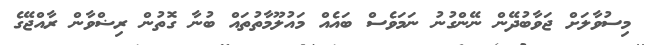
މިސުވާލަށް ޖަވާބުދޭން ނޭންގުނު ނަމަވެސް ބައެއް މައުލޫމާތުތައް ބުނާ ގޮތުން ރިޟްވާން ރާއްޖޭގެ